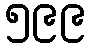
၅၉၉